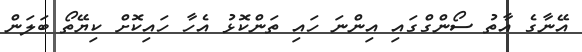
އޭނާގެ އާތު ސޯންގްގައި އިންނަ ހައި ތަންކޮޅު އެހާ ހައިކޮށް ކިޔޭތޯ ބަލަން